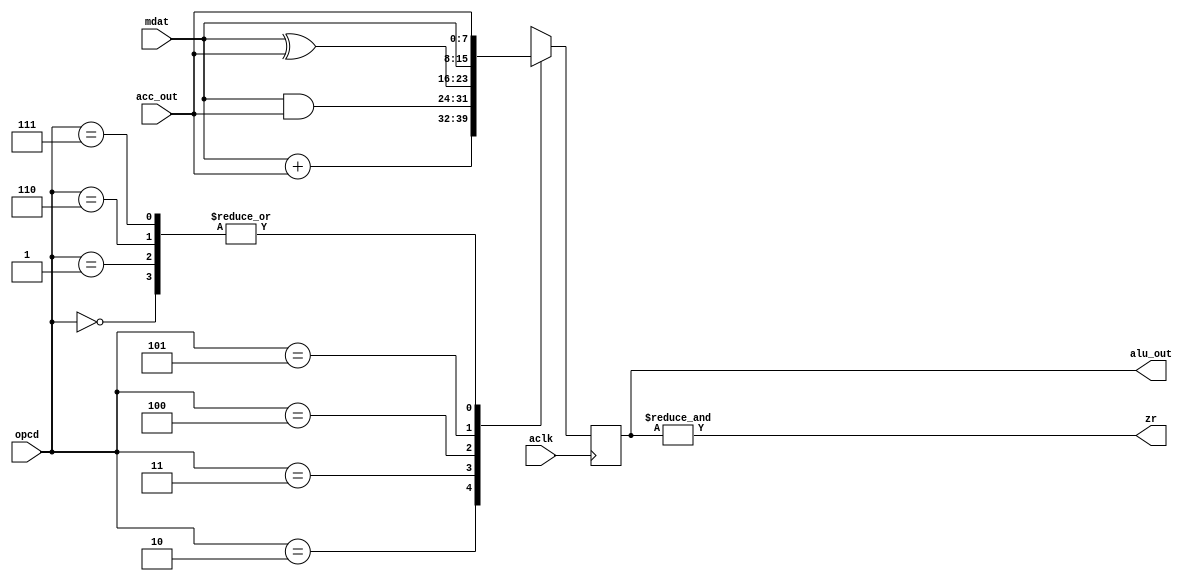
module alu (aclk,mdat,acc_out, opcd, alu_out, zr);

input		aclk;
input 	[7:0]  mdat;
input 	[7:0] acc_out;
input 	[2:0] opcd; 
output 	[7:0] alu_out;
output	        zr;

reg [7:0] a;
wire [7:0] alu_out; 
wire zr;
            
     always  @ ( posedge aclk ) begin

         case (opcd) 
             	3'b000 : begin
                        	a  <= acc_out;                     
                	 end
                    
              	3'b001 : begin
  		                a  <=acc_out;                                        
                          end
                        
		3'b010 : begin
                                a  <= {mdat + acc_out};                      
                         end

                3'b011 : begin
                                a <= {mdat & acc_out};
                                        
                         end

                3'b100 : begin
                                a  <= {mdat ^ acc_out};                          
                         end

                3'b101 : begin
                                a  <= mdat;
                                      
                         end
		3'b110 : begin
                                a  <= acc_out;
                                        
                         end
	
	        3'b111 : begin
        	                a <= acc_out;
                                        
                         end              

                default : begin
                           	a <= 0;
                          end
           endcase

     end

       
assign alu_out = a;

assign zr = &(a);              

                  
endmodule